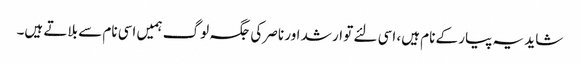
شاید یہ پیار کے نام ہیں، اسی لئے تو ارشد اور ناصر کی جگہ لوگ ہمیں اسی نام سے بلاتے ہیں۔